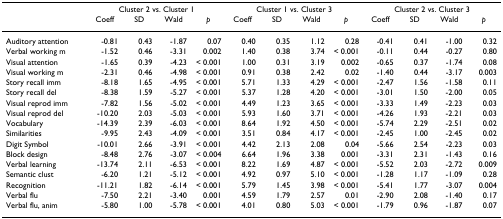
<table><thead><tr><td>[EMPTY_CELL]</td><td colspan="4"><b>Cluster 2 vs. Cluster 1</b></td><td colspan="4"><b>Cluster 1 vs. Cluster 3</b></td><td colspan="4"><b>Cluster 2 vs. Cluster 3</b></td></tr><tr><td>[EMPTY_CELL]</td><td><b>Coeff</b></td><td><b>SD</b></td><td><b>Wald</b></td><td><b><i>p</i></b></td><td><b>Coeff</b></td><td><b>SD</b></td><td><b>Wald</b></td><td><b><i>p</i></b></td><td><b>Coeff</b></td><td><b>SD</b></td><td><b>Wald</b></td><td><b><i>p</i></b></td></tr></thead><tbody><tr><td>Auditory attention</td><td>-0.81</td><td>0.43</td><td>-1.87</td><td>0.07</td><td>0.40</td><td>0.35</td><td>1.12</td><td>0.28</td><td>-0.41</td><td>0.41</td><td>-1.00</td><td>0.32</td></tr><tr><td>Verbal working m</td><td>-1.52</td><td>0.46</td><td>-3.31</td><td>0.002</td><td>1.40</td><td>0.38</td><td>3.74</td><td>&lt; 0.001</td><td>-0.11</td><td>0.44</td><td>-0.27</td><td>0.80</td></tr><tr><td>Visual attention</td><td>-1.65</td><td>0.39</td><td>-4.23</td><td>&lt; 0.001</td><td>1.00</td><td>0.31</td><td>3.19</td><td>0.002</td><td>-0.65</td><td>0.37</td><td>-1.74</td><td>0.08</td></tr><tr><td>Visual working m</td><td>-2.31</td><td>0.46</td><td>-4.98</td><td>&lt; 0.001</td><td>0.91</td><td>0.38</td><td>2.42</td><td>0.02</td><td>-1.40</td><td>0.44</td><td>-3.17</td><td>0.003</td></tr><tr><td>Story recall imm</td><td>-8.18</td><td>1.65</td><td>-4.95</td><td>&lt; 0.001</td><td>5.71</td><td>1.33</td><td>4.29</td><td>&lt; 0.001</td><td>-2.47</td><td>1.56</td><td>-1.58</td><td>0.11</td></tr><tr><td>Story recall del</td><td>-8.38</td><td>1.59</td><td>-5.27</td><td>&lt; 0.001</td><td>5.37</td><td>1.28</td><td>4.20</td><td>&lt; 0.001</td><td>-3.01</td><td>1.50</td><td>-2.00</td><td>0.05</td></tr><tr><td>Visual reprod imm</td><td>-7.82</td><td>1.56</td><td>-5.02</td><td>&lt; 0.001</td><td>4.49</td><td>1.23</td><td>3.65</td><td>&lt; 0.001</td><td>-3.33</td><td>1.49</td><td>-2.23</td><td>0.03</td></tr><tr><td>Visual reprod del</td><td>-10.20</td><td>2.03</td><td>-5.03</td><td>&lt; 0.001</td><td>5.93</td><td>1.60</td><td>3.71</td><td>&lt; 0.001</td><td>-4.26</td><td>1.93</td><td>-2.21</td><td>0.03</td></tr><tr><td>Vocabulary</td><td>-14.39</td><td>2.39</td><td>-6.03</td><td>&lt; 0.001</td><td>8.64</td><td>1.92</td><td>4.50</td><td>&lt; 0.001</td><td>-5.74</td><td>2.29</td><td>-2.51</td><td>0.02</td></tr><tr><td>Similarities</td><td>-9.95</td><td>2.43</td><td>-4.09</td><td>&lt; 0.001</td><td>3.51</td><td>0.84</td><td>4.17</td><td>&lt; 0.001</td><td>-2.45</td><td>1.00</td><td>-2.45</td><td>0.02</td></tr><tr><td>Digit Symbol</td><td>-10.01</td><td>2.66</td><td>-3.91</td><td>&lt; 0.001</td><td>4.42</td><td>2.13</td><td>2.08</td><td>0.04</td><td>-5.66</td><td>2.54</td><td>-2.23</td><td>0.03</td></tr><tr><td>Block design</td><td>-8.48</td><td>2.76</td><td>-3.07</td><td>&lt; 0.004</td><td>6.64</td><td>1.96</td><td>3.38</td><td>0.001</td><td>-3.31</td><td>2.31</td><td>-1.43</td><td>0.16</td></tr><tr><td>Verbal learning</td><td>-13.74</td><td>2.11</td><td>-6.53</td><td>&lt; 0.001</td><td>8.22</td><td>1.69</td><td>4.87</td><td>&lt; 0.001</td><td>-5.52</td><td>2.03</td><td>-2.72</td><td>0.009</td></tr><tr><td>Semantic clust</td><td>-6.20</td><td>1.21</td><td>-5.12</td><td>&lt; 0.001</td><td>4.92</td><td>0.97</td><td>5.10</td><td>&lt; 0.001</td><td>-1.28</td><td>1.17</td><td>-1.09</td><td>0.28</td></tr><tr><td>Recognition</td><td>-11.21</td><td>1.82</td><td>-6.14</td><td>&lt; 0.001</td><td>5.79</td><td>1.45</td><td>3.98</td><td>&lt; 0.001</td><td>-5.41</td><td>1.77</td><td>-3.07</td><td>0.004</td></tr><tr><td>Verbal flu</td><td>-7.50</td><td>2.21</td><td>-3.40</td><td>0.001</td><td>4.59</td><td>1.79</td><td>2.57</td><td>0.01</td><td>-2.90</td><td>2.08</td><td>-1.40</td><td>0.17</td></tr><tr><td>Verbal flu, anim</td><td>-5.80</td><td>1.00</td><td>-5.78</td><td>&lt; 0.001</td><td>4.01</td><td>0.80</td><td>5.03</td><td>&lt; 0.001</td><td>-1.79</td><td>0.96</td><td>-1.87</td><td>0.07</td></tr></tbody></table>